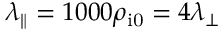
\lambda _ { \parallel } = 1 0 0 0 \rho _ { \mathrm { i 0 } } = 4 \lambda _ { \perp }